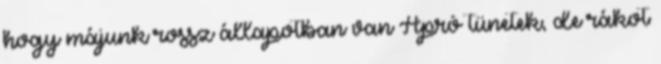
hogy májunk rossz állapotban van Apró tünetek, de rákot